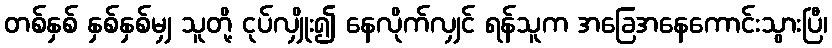
တစ်နှစ် နှစ်နှစ်မျှ သူတို့ ငုပ်လျှိုး၍ နေလိုက်လျှင် ရန်သူက အခြေအနေကောင်းသွားပြီ၊